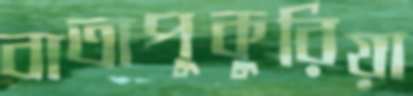
বাতাপুকুরিয়া